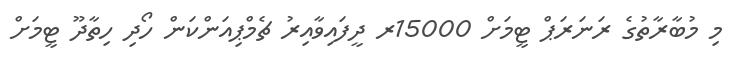
މި މުބާރާތުގެ ރަނަރަޕް ޓީމަށް 15000ރ ދީފައިވާއިރު ޗެމްޕިއަންކަން ހޯދި ހިތާދޫ ޓީމަށް